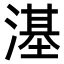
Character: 𣻺